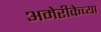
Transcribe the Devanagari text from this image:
अमेरीकेच्या